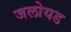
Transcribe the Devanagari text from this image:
जलोयड